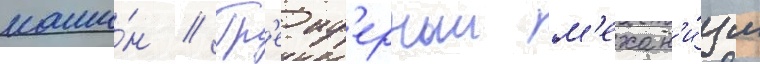
маши́н // Гр'еиф'ерныи м'ехан'и́зм